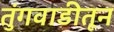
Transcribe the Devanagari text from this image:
तुंगवाडीतून